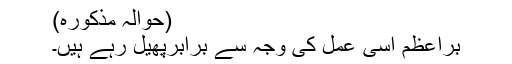
(حوالہ مذکورہ)
براعظم اسی عمل کی وجہ سے برابرپھیل رہے ہیں۔